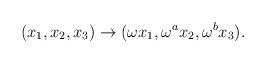
LaTeX: \begin{align*}(x_1,x_2,x_3)\rightarrow (\omega x_1,\omega^a x_2,\omega^b x_3).\end{align*}